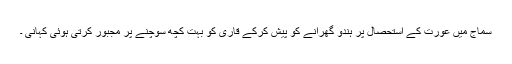
سماج میں عورت کے استحصال پر ہندو گھرانے کو پیش کرکے قاری کو بہت کچھ سوچنے پر مجبور کرتی ہوئی کہانی ۔